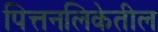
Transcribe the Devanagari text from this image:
पित्तनलिकेतील